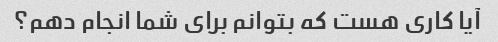
آیا کاری هست که بتوانم برای شما انجام دهم؟